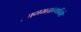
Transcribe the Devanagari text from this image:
आगमग्रन्थनिष्ठे